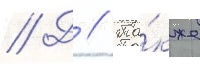
// Д // Та́кже